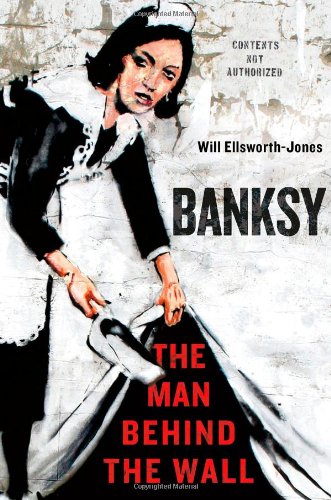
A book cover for Banksy: The Man Behind the Wall; Will Ellsworth-Jones; Arts & Photography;